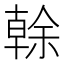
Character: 𠏉